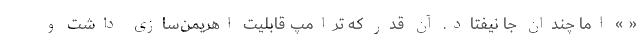
« » اما چندان جا نیفتاد. آن قدر که ترامپ قابلیت اهریمن‌سازی داشت و